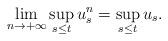
LaTeX: \begin{align*}\lim_{n \rightarrow + \infty} \sup_{s \leq t} u^n_{s} = \sup_{s \leq t} u_{s}.\end{align*}